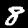
Label: 8